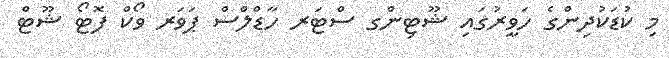
މި ކުޑަކުދިންގެ ހަވީރުގައި ޝޫޓިންގ ސްޓަރ ހާޑްލްސް ޕަވަރ ވޯކް ފޮޓޯ ޝޫޓް